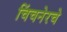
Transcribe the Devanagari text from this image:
चिंचनेरचे